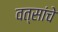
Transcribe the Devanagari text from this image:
वत्सांचे